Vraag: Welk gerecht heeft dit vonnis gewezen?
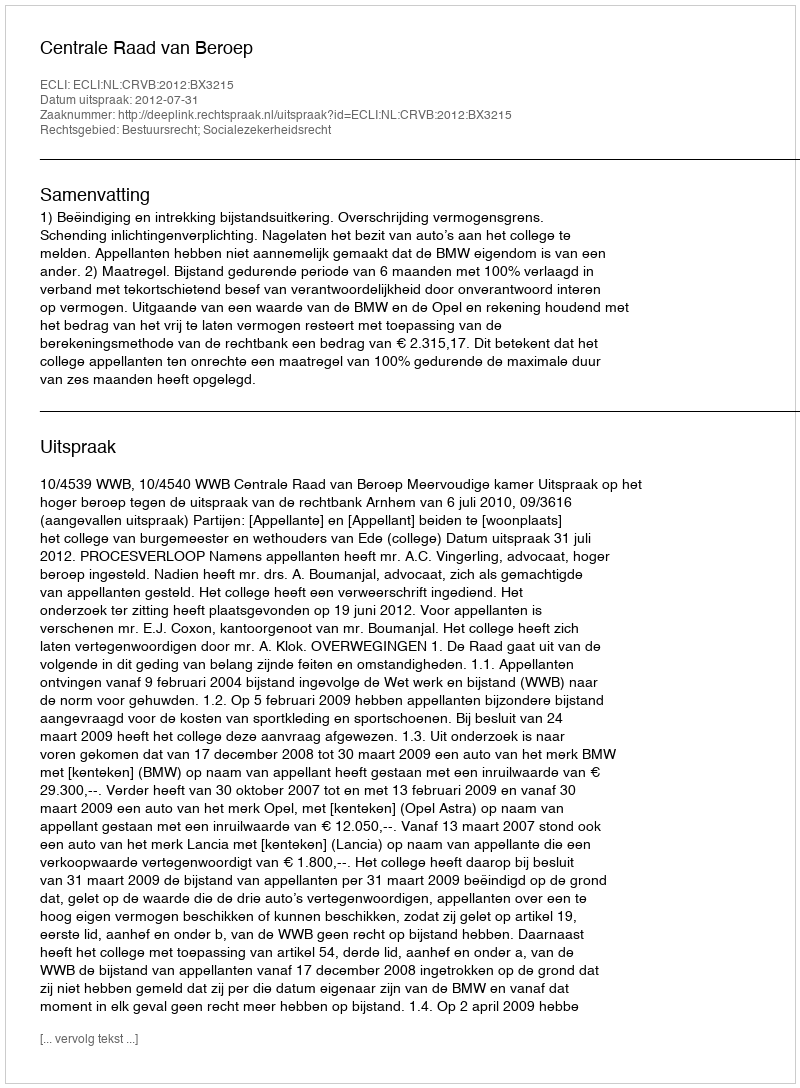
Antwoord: Centrale Raad van Beroep